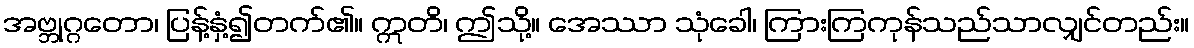
အဗ္ဘုဂ္ဂတော၊ ပြန့်နှံ့၍တက်၏။ ဣတိ၊ ဤသို့။ အေဿာ သုံခေါ၊ ကြားကြကုန်သည်သာလျှင်တည်း။